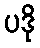
ပဒို